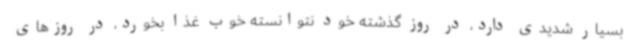
بسیار شدیدی دارد، در روز گذشته خود نتوانسته خوب غذا بخورد، در روزهای